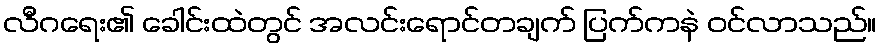
လီဂရေး၏ ခေါင်းထဲတွင် အလင်းရောင်တချက် ပြက်ကနဲ ဝင်လာသည်။